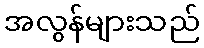
အလွန်များသည်